Report on vaccination in Madras 1877-1894 - 1877-1894
Year: 1877
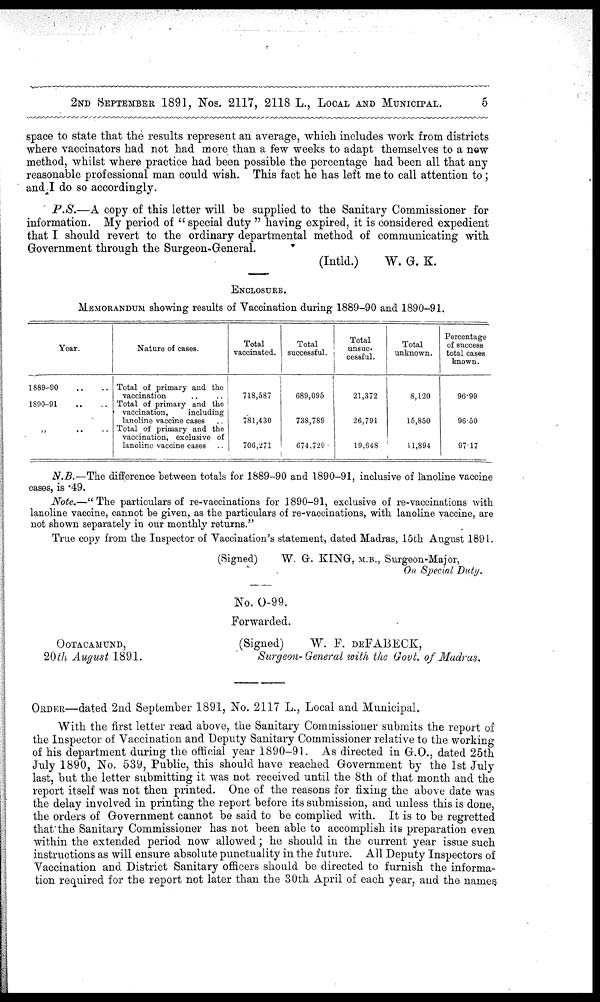
2ND SEPTEMBER 1891, Nos. 2117, 2118 L., LOCAL AND MUNICIPAL.
5
space to state that the results represent an average, which includes work from districts
where vaccinators had not had more than a few weeks to adapt themselves to a new
method, whilst where practice had been possible the percentage had been all that any
reasonable professional man could wish. This fact he has left me to call attention to;
and I do so accordingly.
P.S.—A copy of this letter will be supplied to the Sanitary Commissioner for
information. My period of " special duty " having expired, it is considered expedient
that I should revert to the ordinary departmental method of communicating with
Government through the Surgeon-General.
(Intld.)
W. G. K.
ENCLOSURE.
MEMORANDUM showing results of Vaccination during 1889-90 and 1890-91.
Year.
1889-90 .. ..
1890-91 .. ..
„
..
..
Nature of cases.
Total of primary and the
vaccination .. ..
Total of primary and the
vaccination,
including
lanoline vaccine cases ..
Total of primary and the
vaccination, exclusive of
lanoline vaccine cases ..
Total
vaccinated.
718,587
781,430
706,271
Total
successful.
689,095
738,789
674,729
Total
unsuc-
cessful.
21,372
26,791
19,648
Total
unknown.
8,120
15,850
11,894
Percentage
of success
total cases
known.
96.99
96.50
97.17
N.B.—The difference between totals for 1889-90 and 1890-91, inclusive of lanoline vaccine
cases, is .49.
Note.—"The particulars of re-vaccinations for 1890-91, exclusive of re-vaccinations with
lanoline vaccine, cannot be given, as the particulars of re-vaccinations, with lanoline vaccine, are
not shown separately in our monthly returns."
True copy from the Inspector of Vaccination's statement, dated Madras, 15th August 1891.
(Signed)
W. G. KING, M.B., Surgeon-Major,
On Special Duty.
No. O-99.
Forwarded.
OOTACAMUND,
(Signed)
W. F. DEFABECK,
20th August 1891.
Surgeon-General with the Govt. of Madras.
ORDER—dated 2nd September 1891, No. 2117 L., Local and Municipal.
With the first letter read above, the Sanitary Commissioner submits the report of
the Inspector of Vaccination and Deputy Sanitary Commissioner relative to the working
of his department during the official year 1890-91. As directed in G.O., dated 25th
July 1890, No. 539, Public, this should have reached Government by the 1st July
last, but the letter submitting it was not received until the 8th of that month and the
report itself was not then printed. One of the reasons for fixing the above date was
the delay involved in printing the report before its submission, and unless this is done,
the orders of Government cannot be said to be complied with. It is to be regretted
that the Sanitary Commissioner has not been able to accomplish its preparation even
within the extended period now allowed; he should in the current year issue such
instructions as will ensure absolute punctuality in the future. All Deputy Inspectors of
Vaccination and District Sanitary officers should be directed to furnish the informa-
tion required for the report not later than the 30th April of each year, and the names